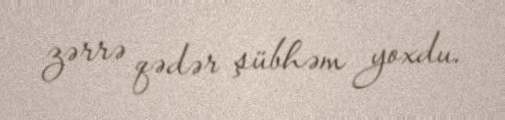
zərrə qədər şübhəm yoxdu.